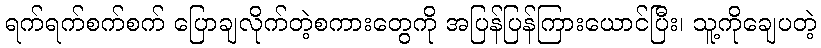
ရက်ရက်စက်စက် ပြောချလိုက်တဲ့စကားတွေကို အပြန်ပြန်ကြားယောင်ပြီး၊ သူ့ကိုချေပတဲ့